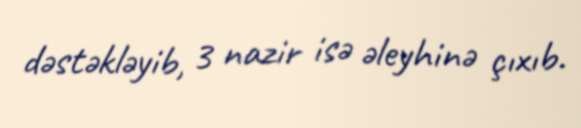
dəstəkləyib, 3 nazir isə əleyhinə çıxıb.